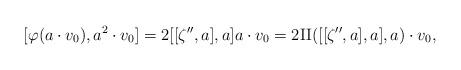
LaTeX: \begin{align*} [\varphi(a \cdot v_0), a^2 \cdot v_0] = 2 [[\zeta'', a], a] a \cdot v_0 = 2 {\rm II}([[\zeta'',a],a], a) \cdot v_0, \end{align*}